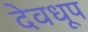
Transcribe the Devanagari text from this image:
देवधूप